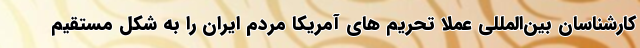
کارشناسان بین‌المللی عملا تحریم های آمریکا مردم ایران را به شکل مستقیم